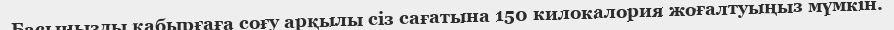
Басыңызды қабырғаға соғу арқылы сіз сағатына 150 килокалория жоғалтуыңыз мүмкін.